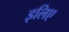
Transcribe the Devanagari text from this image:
इलिए